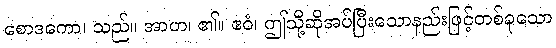
စောဒကော၊ သည်။ အာဟ၊ ၏။ ဧဝံ၊ ဤသို့ဆိုအပ်ပြီးသောနည်းဖြင့်တစ်ခုသော